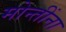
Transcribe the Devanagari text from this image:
मोन्तींना